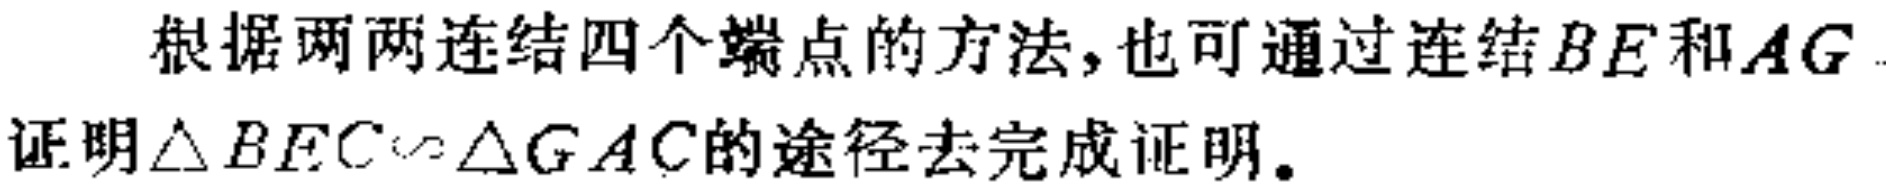
根据两两连结四个端点的方法, 也可通过连结\(BE\)和\(AG\)证明\(\triangle BEC\sim\triangle GAC\)的途径去完成证明。